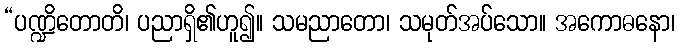
“ပဏ္ဍိတောတိ၊ ပညာရှိ၏ဟူ၍။ သမညာတော၊ သမုတ်အပ်သော။ အကောဓနော၊